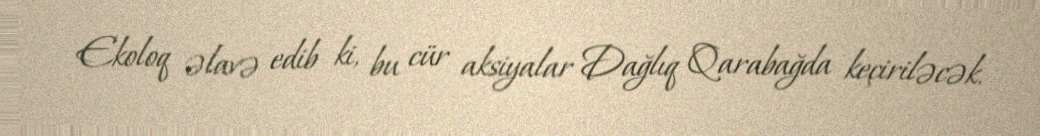
Ekoloq əlavə edib ki, bu cür aksiyalar Dağlıq Qarabağda keçiriləcək.